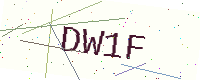
Text: DW1F